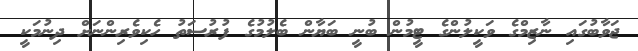
ޖަވާބުގައި ނާޒިމްގެ ވަކީލުންގެ ޓީމުން ބުނީ ބަޔާން ބެލުމުގެ ފުރުސަތު ހެކިވެރިންނަށް ދިނުމަކީ